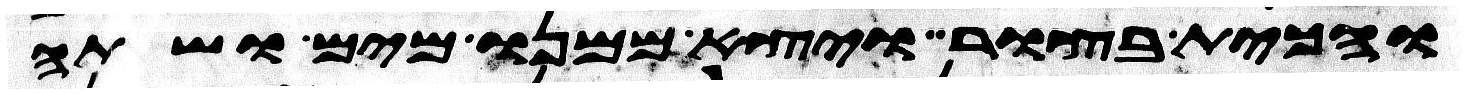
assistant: והכית בצור ויצא ממנו מים ושתה